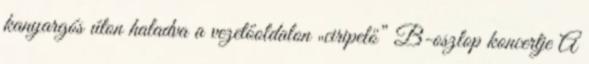
kanyargós úton haladva a vezetőoldalon „ciripelő” B-oszlop koncertje A